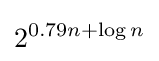
2^{0.79n+\log n}